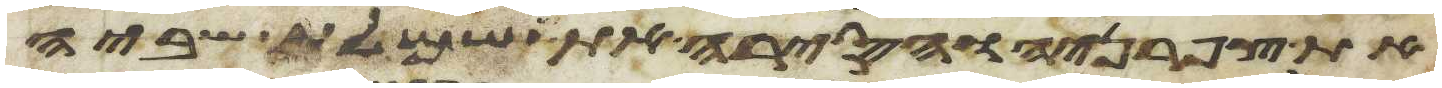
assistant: את צפרניה והסירה את שמלת שביה